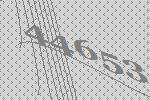
44653